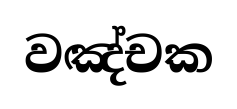
වඤ්චක